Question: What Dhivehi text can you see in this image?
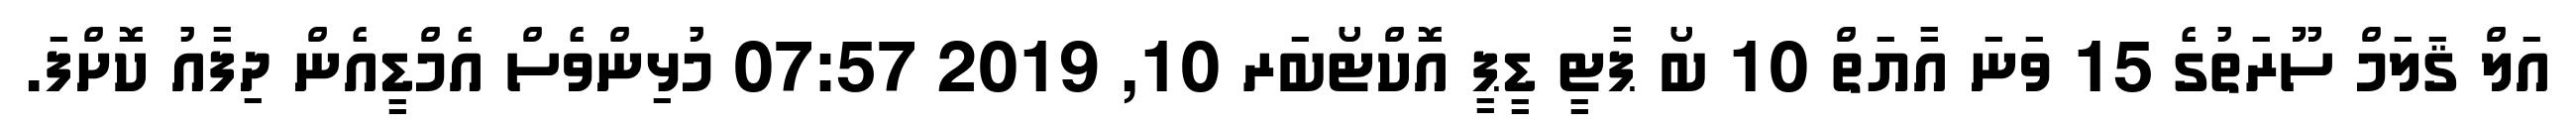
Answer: އަލް ޤަލަމް ސޫރަތުގެ 15 ވަނަ އާޔަތް 10 ބޯ ޕާޓީ ޑީޕީ އޮކްޓޯބަރ 10, 2019 07:57 މުޅިންވެސް އެމްޑީއެން ދިފާއު ކޮށްފަ.